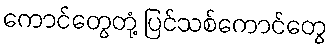
ကောင်တွေတုံ့ ပြင်သစ်ကောင်တွေ